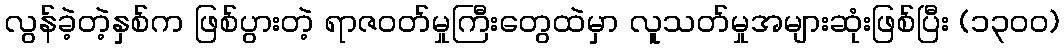
လွန်ခဲ့တဲ့နှစ်က ဖြစ်ပွားတဲ့ ရာဇဝတ်မှုကြီးတွေထဲမှာ လူသတ်မှုအများဆုံးဖြစ်ပြီး (၁၃၀၀)